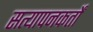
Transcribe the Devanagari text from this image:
सत्यापनकर्तों